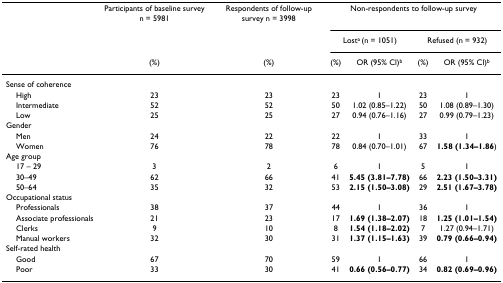
<table><thead><tr><td></td><td><b>Participants of baseline survey n = 5981</b></td><td><b>Respondents of follow-up survey n = 3998</b></td><td colspan="4"><b>Non-respondents to follow-up survey</b></td></tr><tr><td></td><td></td><td></td><td colspan="2"><b>Lost<sup>a </sup>(n = 1051)</b></td><td colspan="2"><b>Refused (n = 932)</b></td></tr><tr><td></td><td><b>(%)</b></td><td><b>(%)</b></td><td><b>(%)</b></td><td><b>OR (95% Cl)<sup>b</sup></b></td><td><b>(%)</b></td><td><b>OR (95% Cl)<sup>b</sup></b></td></tr></thead><tbody><tr><td>Sense of coherence</td><td></td><td></td><td></td><td></td><td></td><td></td></tr><tr><td> High</td><td>23</td><td>23</td><td>23</td><td>1</td><td>23</td><td>1</td></tr><tr><td> Intermediate</td><td>52</td><td>52</td><td>50</td><td>1.02 (0.85–1.22)</td><td>50</td><td>1.08 (0.89–1.30)</td></tr><tr><td> Low</td><td>25</td><td>25</td><td>27</td><td>0.94 (0.76–1.16)</td><td>27</td><td>0.99 (0.79–1.23)</td></tr><tr><td>Gender</td><td></td><td></td><td></td><td></td><td></td><td></td></tr><tr><td> Men</td><td>24</td><td>22</td><td>22</td><td>1</td><td>33</td><td>1</td></tr><tr><td> Women</td><td>76</td><td>78</td><td>78</td><td>0.84 (0.70–1.01)</td><td>67</td><td><b>1.58 (1.34–1.86</b>)</td></tr><tr><td>Age group</td><td></td><td></td><td></td><td></td><td></td><td></td></tr><tr><td> 17 – 29</td><td>3</td><td>2</td><td>6</td><td>1</td><td>5</td><td>1</td></tr><tr><td> 30–49</td><td>62</td><td>66</td><td>41</td><td><b>5.45 (3.81–7.78)</b></td><td>66</td><td><b>2.23 (1.50–3.31)</b></td></tr><tr><td> 50–64</td><td>35</td><td>32</td><td>53</td><td><b>2.15 (1.50–3.08)</b></td><td>29</td><td><b>2.51 (1.67–3.78)</b></td></tr><tr><td>Occupational status</td><td></td><td></td><td></td><td></td><td></td><td></td></tr><tr><td> Professionals</td><td>38</td><td>37</td><td>44</td><td>1</td><td>36</td><td>1</td></tr><tr><td> Associate professionals</td><td>21</td><td>23</td><td>17</td><td><b>1.69 (1.38–2.07)</b></td><td>18</td><td><b>1.25 (1.01–1.54)</b></td></tr><tr><td> Clerks</td><td>9</td><td>10</td><td>8</td><td><b>1.54 (1.18–2.02)</b></td><td>7</td><td>1.27 (0.94–1.71)</td></tr><tr><td> Manual workers</td><td>32</td><td>30</td><td>31</td><td><b>1.37 (1.15–1.63)</b></td><td>39</td><td><b>0.79 (0.66–0.94)</b></td></tr><tr><td>Self-rated health</td><td></td><td></td><td></td><td></td><td></td><td></td></tr><tr><td> Good</td><td>67</td><td>70</td><td>59</td><td>1</td><td>66</td><td>1</td></tr><tr><td> Poor</td><td>33</td><td>30</td><td>41</td><td><b>0.66 (0.56–0.77)</b></td><td>34</td><td><b>0.82 (0.69–0.96)</b></td></tr></tbody></table>